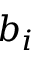
b _ { i }